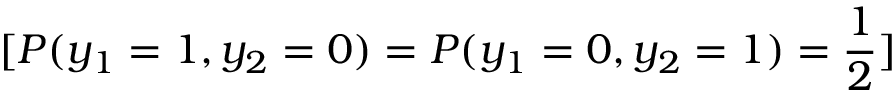
[ P ( y _ { 1 } = 1 , y _ { 2 } = 0 ) = P ( y _ { 1 } = 0 , y _ { 2 } = 1 ) = { \frac { 1 } { 2 } } ]